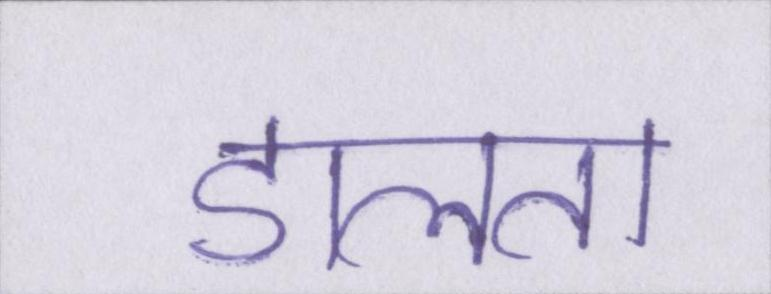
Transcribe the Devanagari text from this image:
डालता